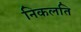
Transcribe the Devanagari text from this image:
निकलति